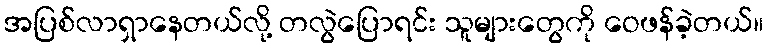
အပြစ်လာရှာနေတယ်လို့ တလွဲပြောရင်း သူများတွေကို ဝေဖန်ခဲ့တယ်။